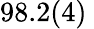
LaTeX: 98.2(4)\